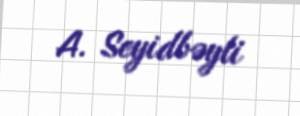
A. Seyidbəyli